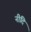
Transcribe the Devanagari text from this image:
नीदि